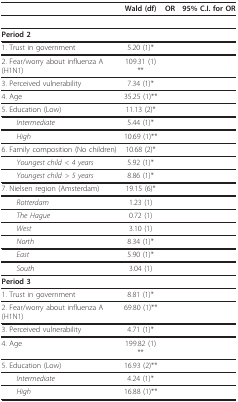
<table><thead><tr><td>[EMPTY_CELL]</td><td><b>Wald (df)</b></td><td><b>OR</b></td><td><b>95% C.I. for OR</b></td></tr></thead><tbody><tr><td>[EMPTY_CELL]</td><td>[EMPTY_CELL]</td><td>[EMPTY_CELL]</td><td>[EMPTY_CELL]</td></tr><tr><td><b>Period 2</b></td><td>[EMPTY_CELL]</td><td>[EMPTY_CELL]</td><td>[EMPTY_CELL]</td></tr><tr><td>1. Trust in government</td><td>5.20 (1)*</td><td>[EMPTY_CELL]</td><td>[EMPTY_CELL]</td></tr><tr><td>2. Fear/worry about influenza A (H1N1)</td><td>109.31 (1)**</td><td>[EMPTY_CELL]</td><td>[EMPTY_CELL]</td></tr><tr><td>3. Perceived vulnerability</td><td>7.34 (1)*</td><td>[EMPTY_CELL]</td><td>[EMPTY_CELL]</td></tr><tr><td>4. Age</td><td>35.25 (1)**</td><td>[EMPTY_CELL]</td><td>[EMPTY_CELL]</td></tr><tr><td>5. Education (Low)</td><td>11.13 (2)*</td><td>[EMPTY_CELL]</td><td>[EMPTY_CELL]</td></tr><tr><td> <i>Intermediate</i></td><td>5.44 (1)*</td><td>[EMPTY_CELL]</td><td>[EMPTY_CELL]</td></tr><tr><td> <i>High</i></td><td>10.69 (1)**</td><td>[EMPTY_CELL]</td><td>[EMPTY_CELL]</td></tr><tr><td>6. Family composition (No children)</td><td>10.68 (2)*</td><td>[EMPTY_CELL]</td><td>[EMPTY_CELL]</td></tr><tr><td> <i>Youngest child &lt; 4 years</i></td><td>5.92 (1)*</td><td>[EMPTY_CELL]</td><td>[EMPTY_CELL]</td></tr><tr><td> <i>Youngest child &gt; 5 years</i></td><td>8.86 (1)*</td><td>[EMPTY_CELL]</td><td>[EMPTY_CELL]</td></tr><tr><td>7. Nielsen region (Amsterdam)</td><td>19.15 (6)*</td><td>[EMPTY_CELL]</td><td>[EMPTY_CELL]</td></tr><tr><td> <i>Rotterdam</i></td><td>1.23 (1)</td><td>[EMPTY_CELL]</td><td>[EMPTY_CELL]</td></tr><tr><td> <i>The Hague</i></td><td>0.72 (1)</td><td>[EMPTY_CELL]</td><td>[EMPTY_CELL]</td></tr><tr><td> <i>West</i></td><td>3.10 (1)</td><td>[EMPTY_CELL]</td><td>[EMPTY_CELL]</td></tr><tr><td> <i>North</i></td><td>8.34 (1)*</td><td>[EMPTY_CELL]</td><td>[EMPTY_CELL]</td></tr><tr><td> <i>East</i></td><td>5.90 (1)*</td><td>[EMPTY_CELL]</td><td>[EMPTY_CELL]</td></tr><tr><td> <i>South</i></td><td>3.04 (1)</td><td>[EMPTY_CELL]</td><td>[EMPTY_CELL]</td></tr><tr><td><b>Period 3</b></td><td>[EMPTY_CELL]</td><td>[EMPTY_CELL]</td><td>[EMPTY_CELL]</td></tr><tr><td>1. Trust in government</td><td>8.81 (1)*</td><td>[EMPTY_CELL]</td><td>[EMPTY_CELL]</td></tr><tr><td>2. Fear/worry about influenza A (H1N1)</td><td>69.80 (1)**</td><td>[EMPTY_CELL]</td><td>[EMPTY_CELL]</td></tr><tr><td>3. Perceived vulnerability</td><td>4.71 (1)*</td><td>[EMPTY_CELL]</td><td>[EMPTY_CELL]</td></tr><tr><td>4. Age</td><td>199.82 (1)**</td><td>[EMPTY_CELL]</td><td>[EMPTY_CELL]</td></tr><tr><td>5. Education (Low)</td><td>16.93 (2)**</td><td>[EMPTY_CELL]</td><td>[EMPTY_CELL]</td></tr><tr><td> <i>Intermediate</i></td><td>4.24 (1)*</td><td>[EMPTY_CELL]</td><td>[EMPTY_CELL]</td></tr><tr><td> <i>High</i></td><td>16.88 (1)**</td><td>[EMPTY_CELL]</td><td>[EMPTY_CELL]</td></tr></tbody></table>